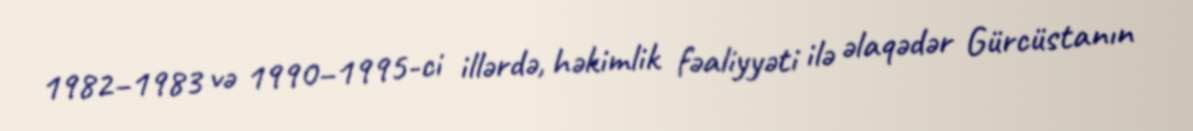
1982–1983 və 1990–1995-ci illərdə, həkimlik fəaliyyəti ilə əlaqədər Gürcüstanın